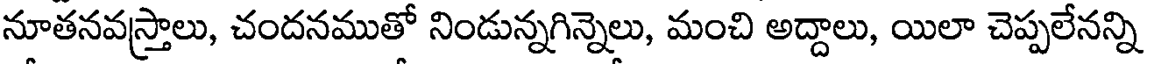
నూతనవస్త్రాలు, చందనముతో నిండున్నగిన్నెలు, మంచి అద్దాలు, యిలా చెప్పలేనన్ని